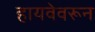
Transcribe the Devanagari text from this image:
हायवेवरून